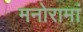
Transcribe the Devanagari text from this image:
मनोरामां